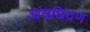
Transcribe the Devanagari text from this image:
आंत्रछिद्रण